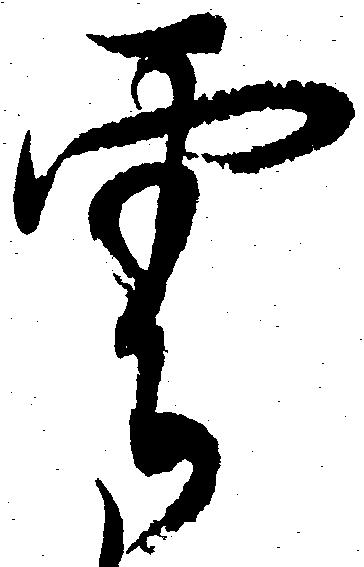
雲